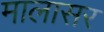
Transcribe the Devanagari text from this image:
मालासर